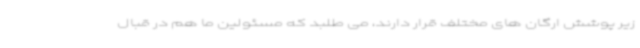
زیر پوشش ارگان های مختلف قرار دارند، می طلبد که مسئولین ما هم در قبال